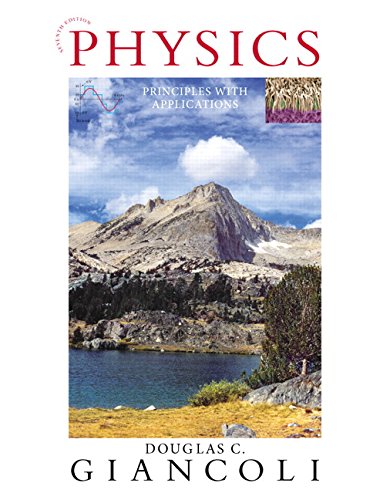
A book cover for Physics: Principles with Applications (7th Edition); Douglas C. Giancoli; Science & Math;